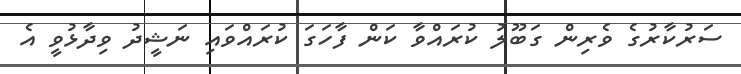
ސަރުކާރުގެ ވެރިން ގަބޫލު ކުރައްވާ ކަން ފާހަގަ ކުރައްވައި ނަޝީދު ވިދާޅުވީ އެ